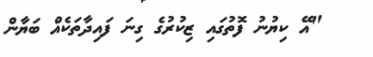
"އޭ ކިޔުނު ފޮތުގައި ޒިކުރުގެ ގިނަ ފައިދާތަކެއް ބަޔާން